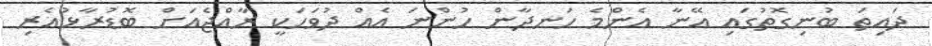
ދައިތަ ބުނިގޮތުގައި އޭނާ އެންމެ ހަނދާން ހުންނަ އެއް ދުވަހަކީ ރާއްޖެއަށް ބޮޑުރާޅުއެރި